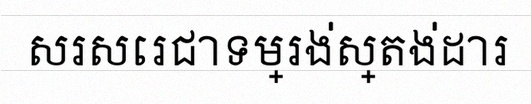
សរសេរជាទម្រង់ស្តង់ដារ